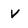
Character: v